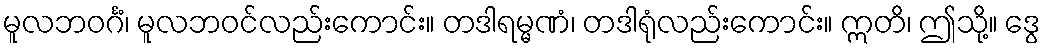
မူလဘဝင်္ဂံ၊ မူလဘဝင်လည်းကောင်း။ တဒါရမ္မဏံ၊ တဒါရုံလည်းကောင်း။ ဣတိ၊ ဤသို့။ ဒွေ